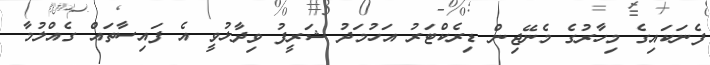
ފެނަކައިގެ މިހާރުގެ މެނޭޖިން ޑިރެކްޓަރު އަހުމަދު ޝަރީފު ވިދާޅުވީ އެ ފައިސާތައް ގެއްލުމާ